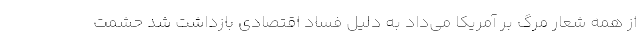
از همه شعار مرگ بر آمریکا می‌داد به دلیل فساد اقتصادی بازداشت شد حشمت